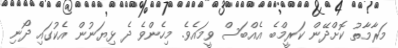
މަރާމާތު ކޮށްދޭން ކަރީމްބެ އެއްބަސް ވީމައެވެ. މިހެންވެ ދެ ޅިޔަނުން އެކުގައި ދޯނި